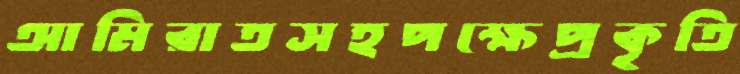
আমিরাতসহপক্ষেপ্রকৃতি